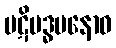
ပဋိဗဒ္ဓမနောဝ